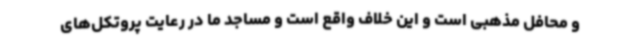
و محافل مذهبی است و این خلاف واقع است و مساجد ما در رعایت پروتکل‌های